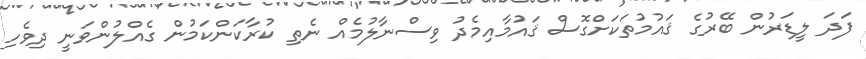
ފަދަ ލީޑަރުން ބޭރުގެ ޤައުމުތަކަށްގޮސް ޤައުމާއިމެދު ވިސްނާލުމެއް ނެތި ކުރާކަންކަމުން ގެއްލުންވަނީ ދިވެހި